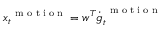
\boldsymbol x _ { t } ^ { \mathrm { ~ \scriptsize ~ m ~ o ~ t ~ i ~ o ~ n ~ } } = \boldsymbol w ^ { T } \dot { \boldsymbol g } _ { t } ^ { \mathrm { ~ \scriptsize ~ m ~ o ~ t ~ i ~ o ~ n ~ } }